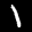
Label: 1